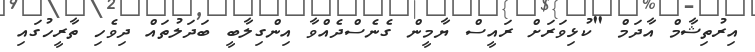
އިރުތިޝާމް އާދަމް "ކުޅިވަރަށް ރައީސް ޔާމީން ގެނެސްދެއްވާ އިންގިލާބީ ބަދަލުތައް ދިވެހި ތާރީހުގައި